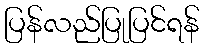
ပြန်လည်ပြုပြင်ရန်